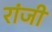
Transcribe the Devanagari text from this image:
रांजी